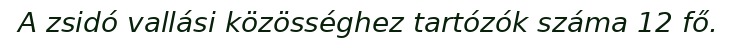
A zsidó vallási közösséghez tartózók száma 12 fő.